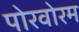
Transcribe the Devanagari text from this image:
पोरवोरम